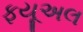
ફયૂઅલ